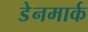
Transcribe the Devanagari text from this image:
डेेनमार्क